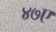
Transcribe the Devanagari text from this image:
४७ए